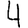
Digit: 4